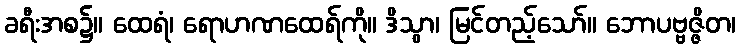
ခရီးအစ၌။ ထေရံ၊ ရောဟဏထေရ်ကို။ ဒိသွာ၊ မြင်တည့်သော်။ ဘောပဗ္ဗဇ္ဇိတ၊